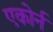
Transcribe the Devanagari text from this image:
एकोर्न